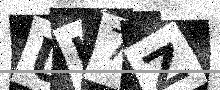
Text: UK7Z